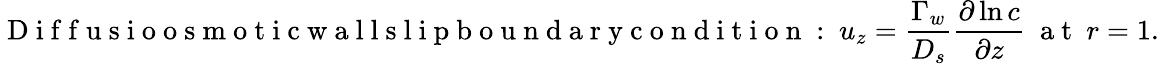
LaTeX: \mathrm{~D~i~f~f~u~s~i~o~o~s~m~o~t~i~c~w~a~l~l~s~l~i~p~b~o~u~n~d~a~r~y~c~o~n~d~i~t~i~o~n~:~}u_{z}=\frac{\Gamma_{w}}{D_{s}}\frac{\partial\ln c}{\partial z}~\mathrm{~a~t~}~r=1.